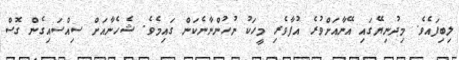
ލިބިފައެވެ. މިދުނިޔޭގައި އޭނާއަށްވުރެ އުފާވެރި މީހަކު ނުހުންނާނެކަން ގައިމެވެ. ޝެހެނާއަށް ސިއްސައިގެން ގޮސް